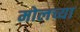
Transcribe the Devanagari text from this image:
मोलच्या